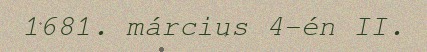
1681. március 4-én II.